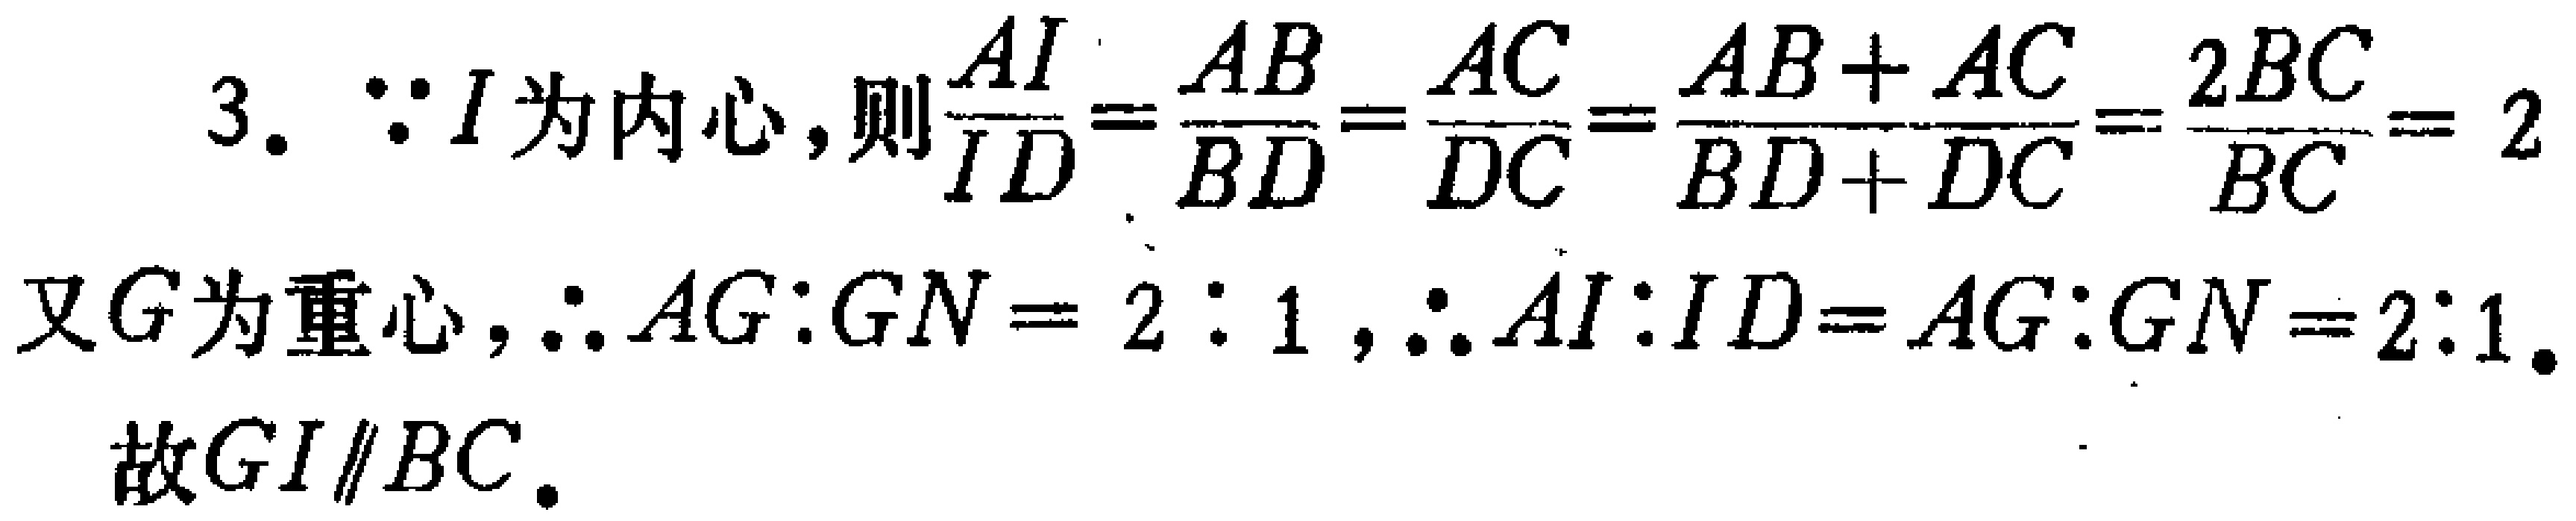
3. $\because I$为内心，则$\frac{AI}{ID}=\frac{AB}{BD}=\frac{AC}{DC}=\frac{AB + AC}{BD + DC}=\frac{2BC}{BC}=2$
又$G$为重心，$\therefore AG:GN = 2:1$，$\therefore AI:ID = AG:GN = 2:1$.
故$GI\parallel BC$.